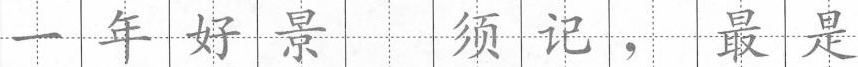
一年好景 须记，最是